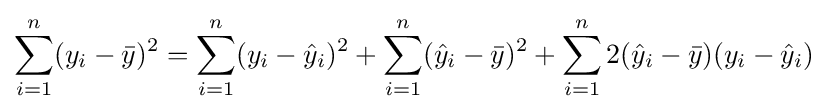
\sum _{i=1}^{n}(y_{i}-{\bar {y}})^{2}=\sum _{i=1}^{n}(y_{i}-{\hat {y}}_{i})^{2}+\sum _{i=1}^{n}({\hat {y}}_{i}-{\bar {y}})^{2}+\sum _{i=1}^{n}2({\hat {y}}_{i}-{\bar {y}})(y_{i}-{\hat {y}}_{i})